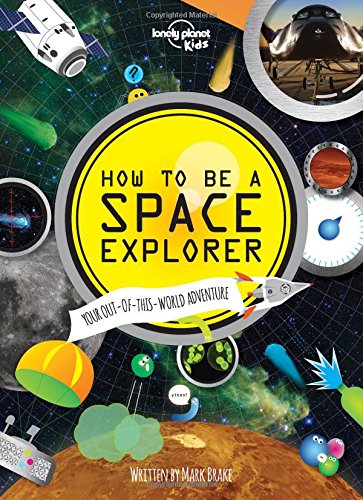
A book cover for How to be a Space Explorer: Your Out-of-this-World Adventure (Lonely Planet Kids); Lonely Planet Kids; Children's Books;